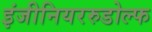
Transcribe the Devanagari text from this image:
इंजीनियररुडोल्फ